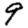
Digit: 9